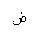
Letter: _dad